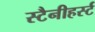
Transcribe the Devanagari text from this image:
स्टैनीहर्स्ट